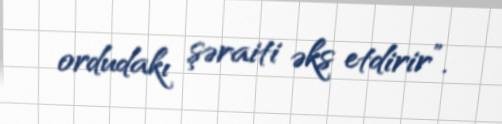
ordudakı şəraiti əks etdirir”.